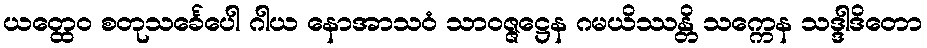
ယတ္ထေဝ စတုသင်္ခေပေါ ဂါယ နောအာသဝံ သာဝဇ္ဇဋ္ဌေန ဂမယိဿန္တိ သက္ကေန သဒ္ဒါဒိတော